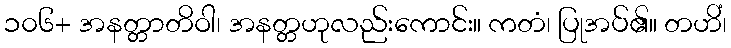
၁၀၆+ အနတ္တာတိဝါ၊ အနတ္တဟုလည်းကောင်း။ ကတံ၊ ပြုအပ်၏။ တဟိံ၊